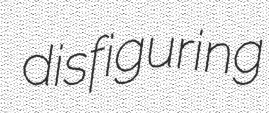
disfiguring